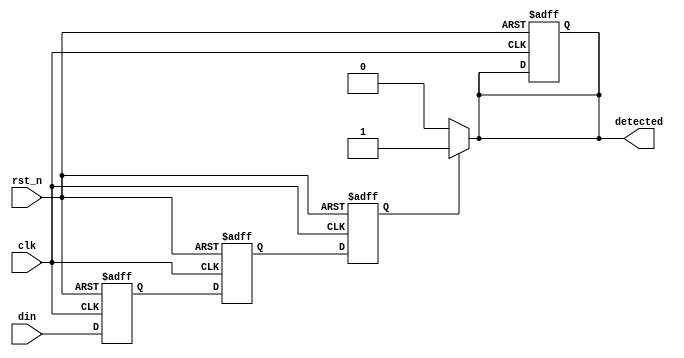
module DualFF_Detector #(parameter WIDTH = 1) (
    input wire clk,               // Clock input
    input wire rst_n,             // Active low reset
    input wire [WIDTH-1:0] din,   // Input data
    output reg detected           // Output signal indicating detection
);

    // Internal signals
    reg [WIDTH-1:0] ff1;          // First flip-flop
    reg [WIDTH-1:0] ff2;          // Second flip-flop

    // State retention (memory blocks)
    reg [WIDTH-1:0] state;        // State register for comparison

    // Sequential logic for dual flip-flops
    always @(posedge clk or negedge rst_n) begin
        if (!rst_n) begin
            ff1 <= 0;
            ff2 <= 0;
            state <= 0;
            detected <= 0;
        end else begin
            ff1 <= din;             // Capture input in first FF
            ff2 <= ff1;             // Capture output of first FF in second FF
            state <= ff2;           // Retain state for comparison
        end
    end

    // Combinational logic for pattern detection
    always @(*) begin
        // Example detection logic: Detect if the input signal is high
        // Modify this condition based on the specific pattern you want to detect
        if (state == {WIDTH{1'b1}}) begin
            detected = 1'b1;        // Condition met
        end else begin
            detected = 1'b0;        // Condition not met
        end
    end

endmodule